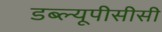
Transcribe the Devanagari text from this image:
डब्ल्यूपीसीसी